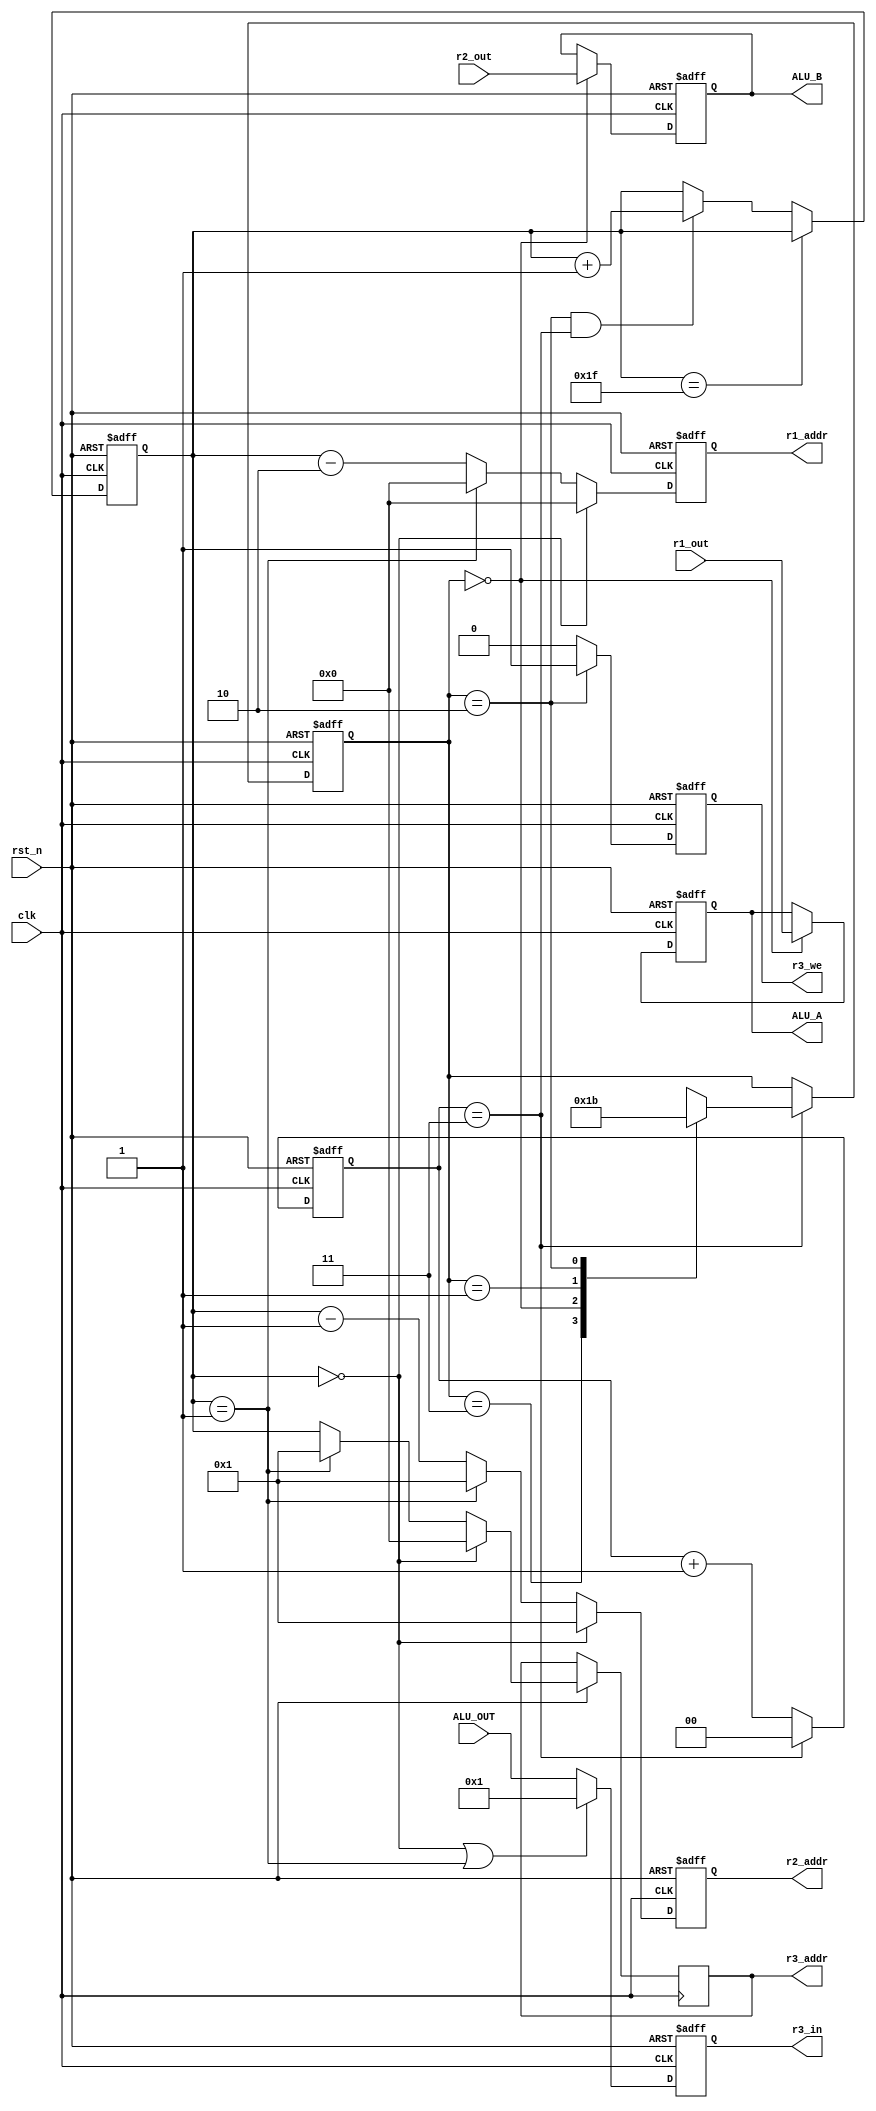
`timescale 1ns / 1ps
//////////////////////////////////////////////////////////////////////////////////
// Company: 
// Engineer: 
// 
// Design Name: 
// Module Name:    Control 
// Project Name: 
// Target Devices: 
// Tool versions: 
// Description: 
//
// Dependencies: 
//
// Revision: 
// Revision 0.01 - File Created
// Additional Comments: 
//
//////////////////////////////////////////////////////////////////////////////////
module Control(
input										clk,
input										rst_n,
input				signed	[31:0]	ALU_OUT,
input				signed	[31:0]	r1_out,
input				signed	[31:0]	r2_out,
output	reg				[4:0]		r1_addr,
output	reg				[4:0]		r2_addr,
output	reg				[4:0]		r3_addr,
output	reg							r3_we,
output	reg				[31:0]	r3_in,
output	reg				[31:0]	ALU_A,
output	reg				[31:0]	ALU_B	
    );

parameter	read = 2'b00;
parameter	calculate = 2'b01;
parameter	write	= 2'b10;
parameter	idle = 2'b11;

reg	[4:0]	number = 5'h0;	//
reg	[1:0]	state = 2'b11;
reg	[1:0]	count = 2'b00;

always@(posedge clk or negedge rst_n)
begin
	if(~rst_n)
		count <= 2'h0;
	else if(count == 2'h3)
		count <= 2'h0;
	else
		count <= count + 2'h1;
end

always@(posedge clk or negedge rst_n)
begin
	if(~rst_n)
		state <= idle;
	else if(count == 2'h3)
		begin
			case(state)
				idle: state <= read;
				read:	state <= calculate;
				calculate: state <= write;
				write: state <= idle;
				default: state <= idle;
			endcase
		end
	else
		state <= state;
end

always@(posedge clk or negedge rst_n)
begin
	if(~rst_n)
		number <= 5'h0;
	else if(number == 5'd31)
		number <= number;
	else if(state == write && count == 2'h3)
		number <= number + 5'h1;
	else
		number <= number;
end

always@(posedge clk or negedge rst_n)
begin
	if(~rst_n)
		begin
			r1_addr <= 5'h0;
			r2_addr <= 5'h1;
		end
	else if(number == 5'h0)
		begin
			r1_addr <= 5'h0;
			r2_addr <= 5'h1;
			r3_addr <= 5'h0;		//
		end
	else if(number == 5'h1)
		begin
			r1_addr <= 5'h0;
			r2_addr <= 5'h1;
			r3_addr <= 5'h1;		//
		end
	else
		begin
			r1_addr <= number - 5'h2;
			r2_addr <= number - 5'h1;
			r3_addr <= number;
		end
end

always@(posedge clk or negedge rst_n)
begin
	if(~rst_n)
		r3_we <= 0;
	else if(state == write)
		r3_we <= 1;
	else
		r3_we <= 0;
end

always@(posedge clk or negedge rst_n)
begin
	if(~rst_n)
		r3_in <= 32'h0;
	else if(number == 5'h0 || number == 5'h1)
		r3_in <= 32'h1;
	else
		r3_in <= ALU_OUT;
end

always@(posedge clk or negedge rst_n)
begin
	if(~rst_n)
		begin
			ALU_A <= 32'h0;
			ALU_B <= 32'h0;
		end
	else if(state == read)
		begin
			ALU_A <= r1_out;
			ALU_B <= r2_out;
		end
end

endmodule